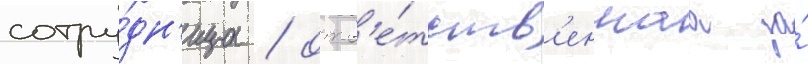
сотру́дн'ица / отв'е́тств'еннаа за́